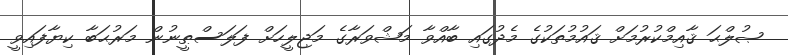
ޞުލްޙަ ޤާއިމްކުރުމަށް ޤައުމުތަކުގެ މެދުގައި ބާއްވާ މަޝްވަރާގެ މަޖިލީހަށް ފަލަސްޠީނުން މަރުޙަބާ ކިޔާފައިވީ